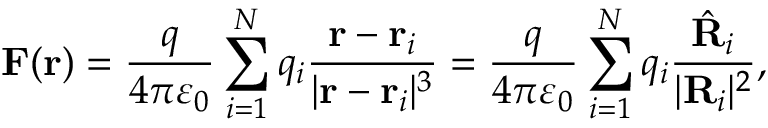
\mathbf { F } ( \mathbf { r } ) = { \frac { q } { 4 \pi \varepsilon _ { 0 } } } \sum _ { i = 1 } ^ { N } q _ { i } { \frac { \mathbf { r } - \mathbf { r } _ { i } } { | \mathbf { r } - \mathbf { r } _ { i } | ^ { 3 } } } = { \frac { q } { 4 \pi \varepsilon _ { 0 } } } \sum _ { i = 1 } ^ { N } q _ { i } { \frac { { \hat { \mathbf { R } } } _ { i } } { | \mathbf { R } _ { i } | ^ { 2 } } } ,